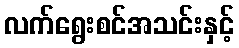
လက်ရွေးစင်အသင်းနှင့်